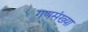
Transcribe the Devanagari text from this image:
गणसंख्या